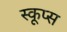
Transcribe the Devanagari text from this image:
स्कूप्स